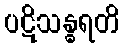
ပဋိသန္ဓရတိ